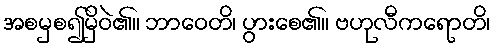
အစမှစ၍မှိဝဲ၏။ ဘာဝေတိ၊ ပွားစေ၏။ ဗဟုလီကရောတိ၊